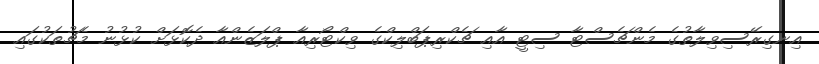
އިނގިރޭސިވިލާތުގެ މެންޗެސްޓާ ސިޓީ އާއި ޗެކްރިޕަބްލިކްގެ ވިކްޓޯރިއާ ޕްލަޒެންއާ ދެކޮޅަށް ކުޅުނު މެޗުތަކުގައި